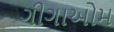
ગીગાઓમ